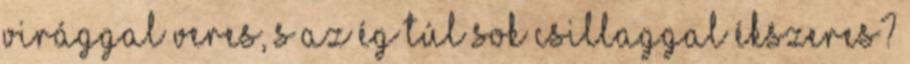
virággal veres, s az ég túl sok csillaggal ékszeres?